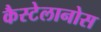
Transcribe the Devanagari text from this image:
कैस्टेलानोस